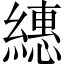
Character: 繐